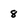
Character: 8